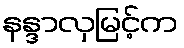
နန္ဒာလှမြင့်က